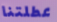
عطلتنا